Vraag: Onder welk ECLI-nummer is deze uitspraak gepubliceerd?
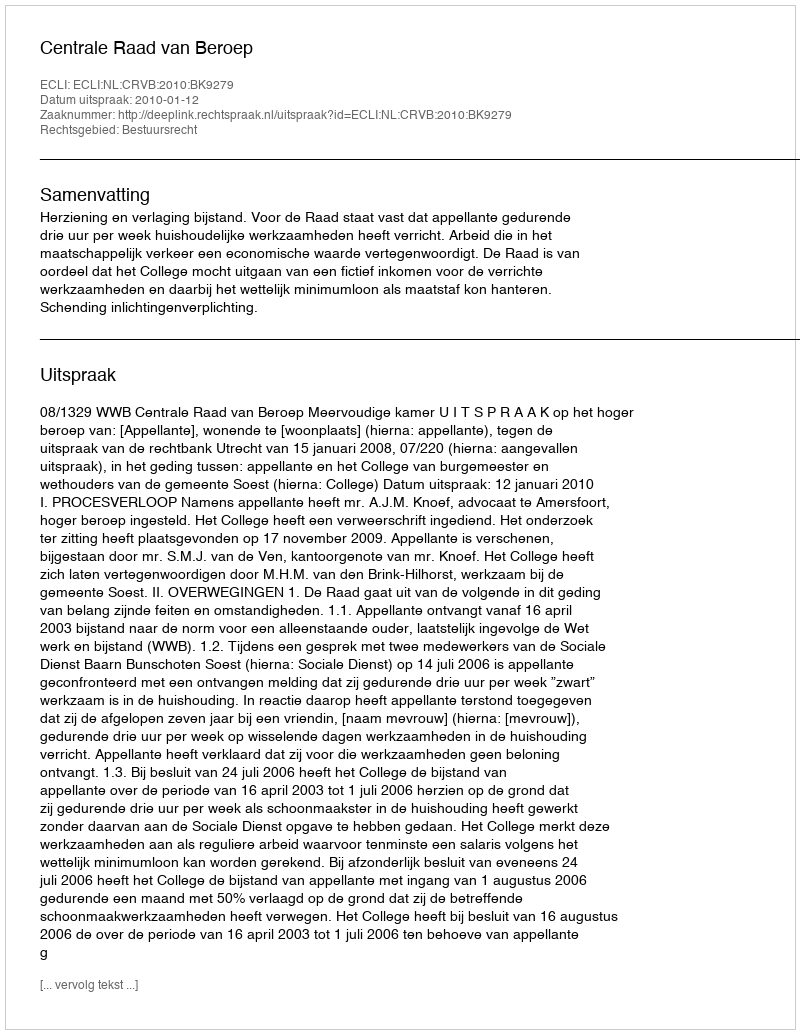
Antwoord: ECLI:NL:CRVB:2010:BK9279